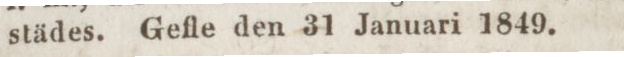
städes. Gefle den 31 Januari 1849.